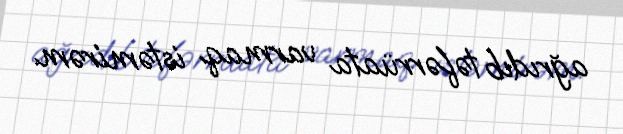
ağrıdıb təfərrüata varmaq istəmirəm.